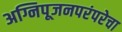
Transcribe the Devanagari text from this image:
अग्निपूजनपरंपरेचा